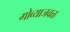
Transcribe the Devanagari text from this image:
गोव्याजवळ